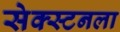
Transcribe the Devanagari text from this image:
सेक्स्टनला